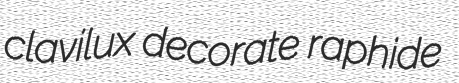
clavilux decorate raphide